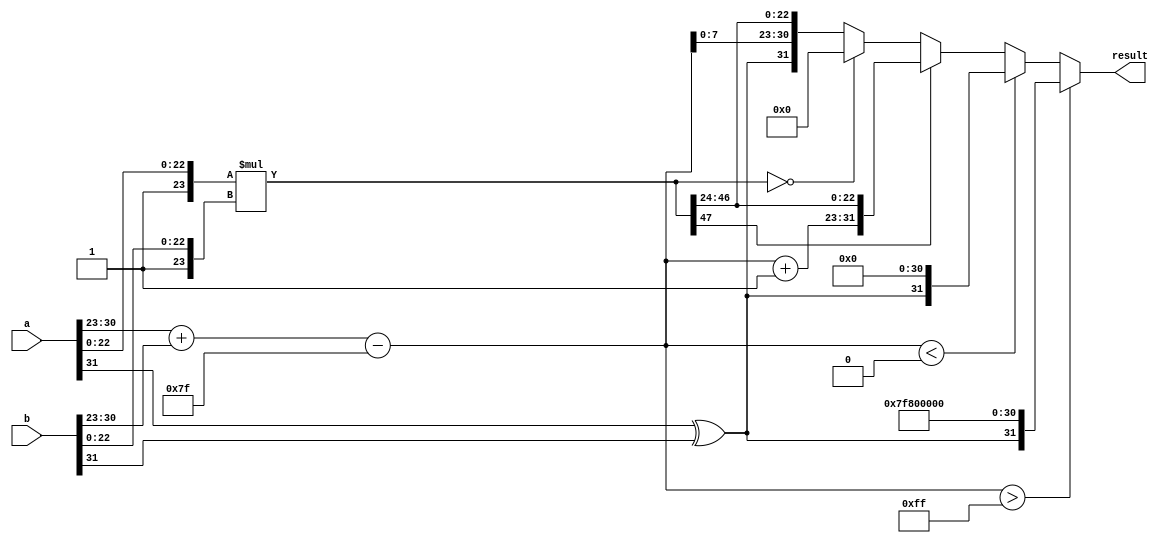
module floating_point_multiplier (
    input  wire [31:0] a,  // First floating-point number
    input  wire [31:0] b,  // Second floating-point number
    output reg  [31:0] result // Result of floating-point multiplication
);

    // Constants
    localparam BIAS = 8'd127;  // Bias for single precision
    localparam MANTISSA_BITS = 23;
    
    // Internal signals for components
    wire s1, s2, s_result;        // Signs
    wire [7:0] e1, e2, e_result;  // Exponents
    wire [MANTISSA_BITS-1:0] m1, m2; // Mantissas
    wire [MANTISSA_BITS+1:0] m1_prime, m2_prime; // Normalized mantissas
    wire [47:0] m_result; // Result of mantissa multiplication
    wire [8:0] exp_temp;   // Temporary exponent holder for normalization

    // Extracting components
    assign s1 = a[31];                       // Sign of a
    assign s2 = b[31];                       // Sign of b
    assign e1 = a[30:23];                    // Exponent of a
    assign e2 = b[30:23];                    // Exponent of b
    assign m1 = a[22:0];                     // Mantissa of a
    assign m2 = b[22:0];                     // Mantissa of b
    
    // Normalize mantissas (add implicit leading one)
    assign m1_prime = {1'b1, m1}; // 1.M1
    assign m2_prime = {1'b1, m2}; // 1.M2
    
    // Mantissa multiplication
    assign m_result = m1_prime * m2_prime; // Multiply mantissas

    // Exponent calculation
    assign exp_temp = (e1 + e2 - BIAS); // Calculate new exponent (potentially needs adjustment)
    
    always @* begin
        // Sign of result
        s_result = s1 ^ s2;

        // Initial result assignment format before normalization
        if (m_result[47]) begin // If mantissa result is overflown (>= 2)
            // Normalize result (shift right)
            result = {s_result, exp_temp + 9'b1, m_result[46:24]}; // shift right
        end else if (m_result == 48'b0) begin 
            // Result is zero
            result = 32'b0;
        end else begin 
            // Normalization for values < 1 (where m_result < 2^24)
            // This pseudo-code assumes additional normalization logic 
            // and possibly more conditions for subnormal cases exist here.
            result = {s_result, exp_temp[7:0], m_result[46:24]}; // keep 24 bits
        end
        
        // Handle special cases (zero, infinities, NaN)
        if (exp_temp > 8'b11111111) begin
            result = {s_result, 8'hFF, 23'b0}; // Overflow, result is infinity
        end else if (exp_temp < 8'b00000000) begin
            result = {s_result, 8'b0, 23'b0};  // Underflow, result is zero
        end
    end

endmodule